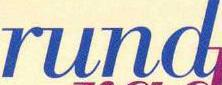
rund